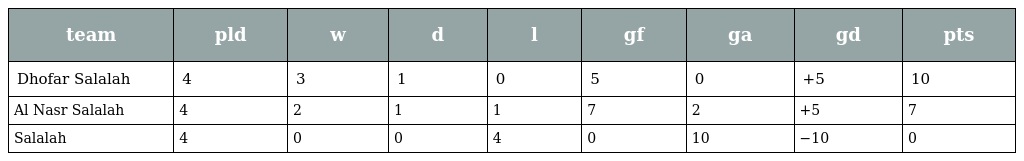
| team | pld | w | d | l | gf | ga | gd | pts |
 | --- | --- | --- | --- | --- | --- | --- | --- | --- |
 | Dhofar Salalah | 4 | 3 | 1 | 0 | 5 | 0 | +5 | 10 |
 | Al Nasr Salalah | 4 | 2 | 1 | 1 | 7 | 2 | +5 | 7 |
 | Salalah | 4 | 0 | 0 | 4 | 0 | 10 | −10 | 0 |